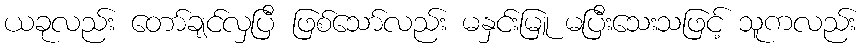
ယခုလည်း တော်ချင်လှပြီ ဖြစ်သော်လည်း မနှင်းမြူ မပြီးသေးသဖြင့် သူကလည်း